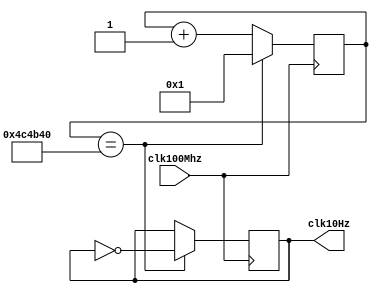
module ClockDivider(clk100Mhz, clk10Hz);
input clk100Mhz;
output reg clk10Hz;

  reg[27:0] counter10Hz;

  initial begin
    counter10Hz = 0;
    clk10Hz = 0;
  end

  always @ (posedge clk100Mhz)
  begin
    if(counter10Hz == 5000000) begin //5000000
      counter10Hz <= 1;
      clk10Hz <= ~clk10Hz;
    end
    else begin
      counter10Hz <= counter10Hz + 1;
    end
  end

endmodule